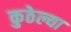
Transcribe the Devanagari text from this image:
कुठेल्या